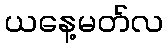
ယနေ့မတ်လ